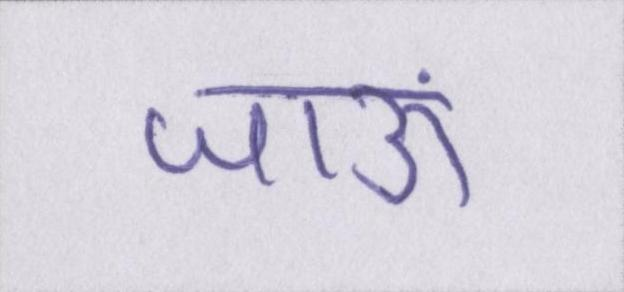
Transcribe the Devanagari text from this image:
जाऊं